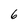
Character: 6